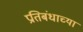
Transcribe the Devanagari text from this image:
प्रतिबंधाच्या